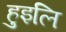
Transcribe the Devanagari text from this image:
हुइलि